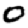
Digit: 0